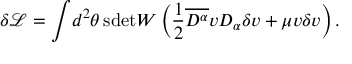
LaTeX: \delta \mathcal { L } = \int \! d ^ { 2 } \theta \, \mathrm { s d e t } W \left( \frac { 1 } { 2 } \overline { { { D ^ { \alpha } } } } v D _ { \alpha } \delta v + \mu v \delta v \right) .